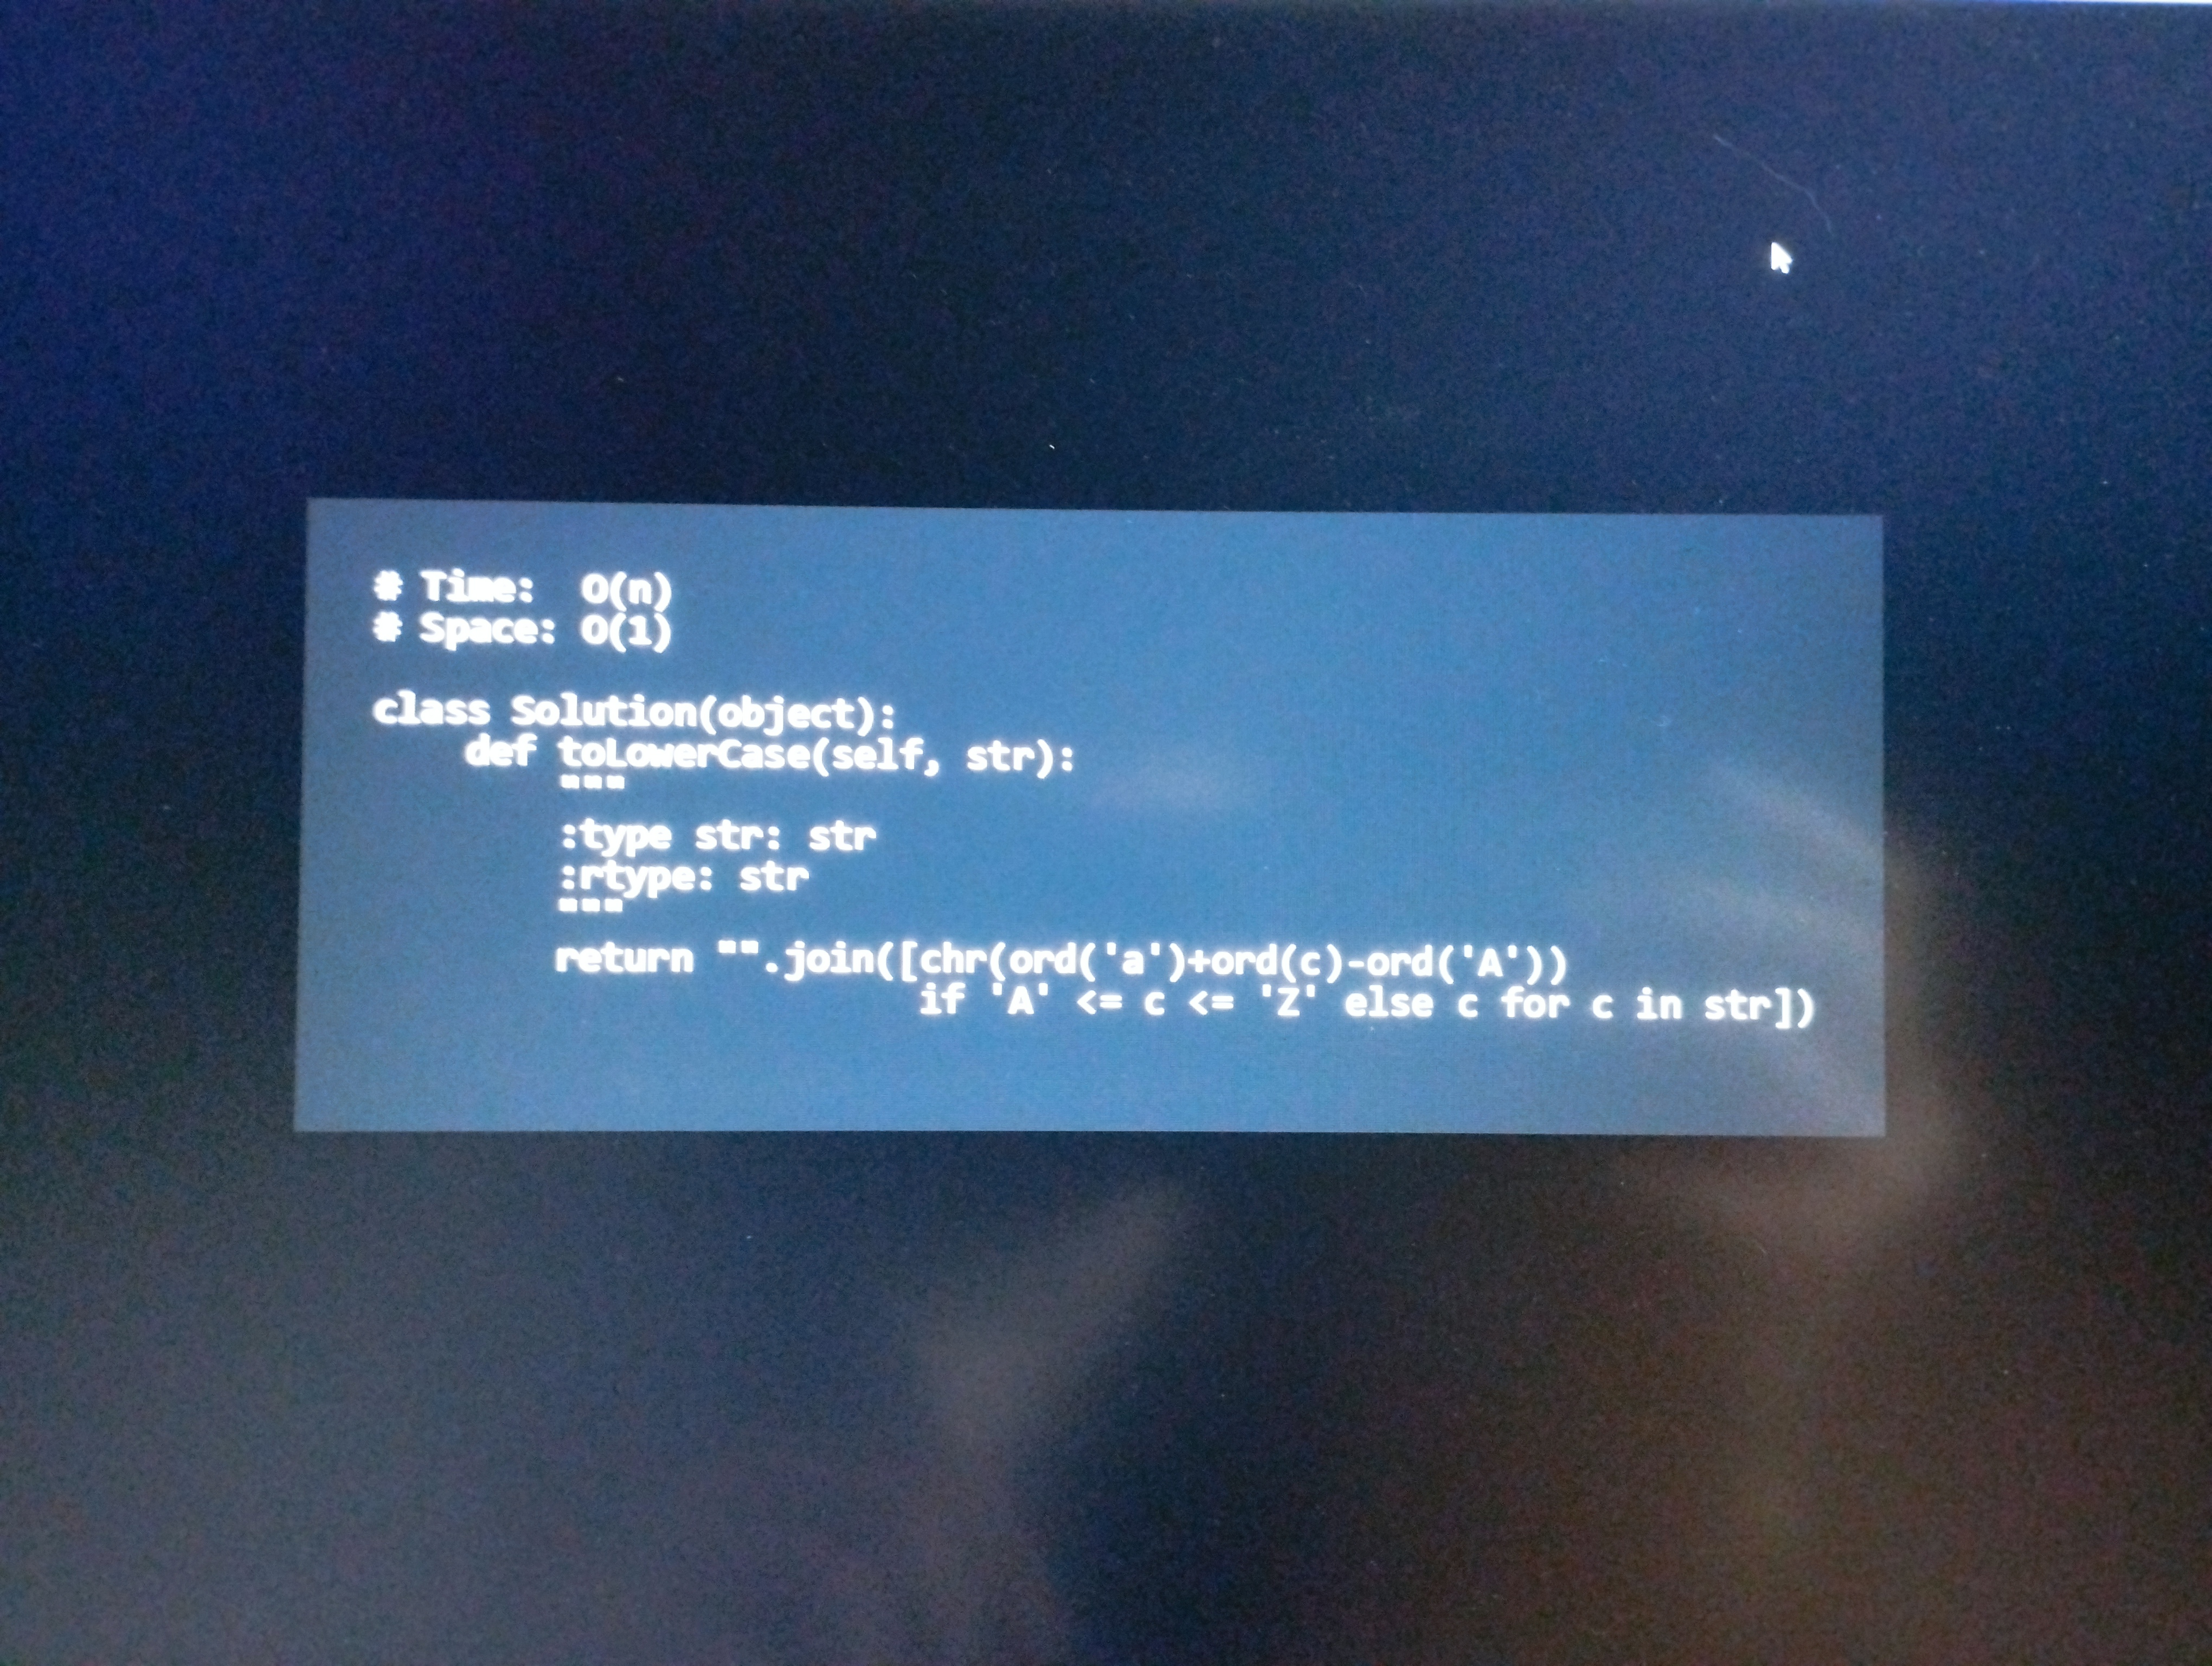
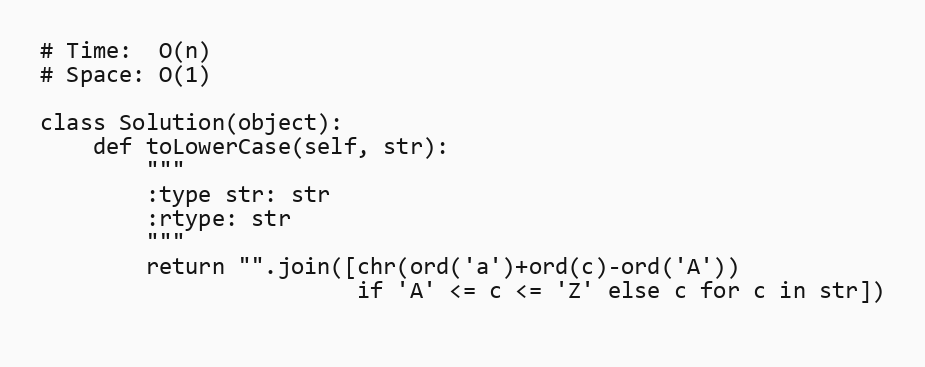
# Time:  O(n)
# Space: O(1)

class Solution(object):
    def toLowerCase(self, str):
        """
        :type str: str
        :rtype: str
        """
        return "".join([chr(ord('a')+ord(c)-ord('A'))
                        if 'A' <= c <= 'Z' else c for c in str])